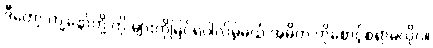
ဒီတော့ ကျနော်တို့ ကို များကိုမြင်ရပါလိမ့်မယ် အဓိက ကိုစောင့်စရာမလိုပဲ။